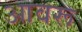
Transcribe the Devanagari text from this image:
आवरू